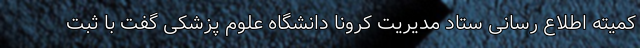
کمیته اطلاع رسانی ستاد مدیریت کرونا دانشگاه علوم پزشکی گفت با ثبت